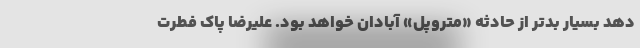
دهد بسیار بدتر از حادثه «متروپل» آبادان خواهد بود. علیرضا پاک فطرت